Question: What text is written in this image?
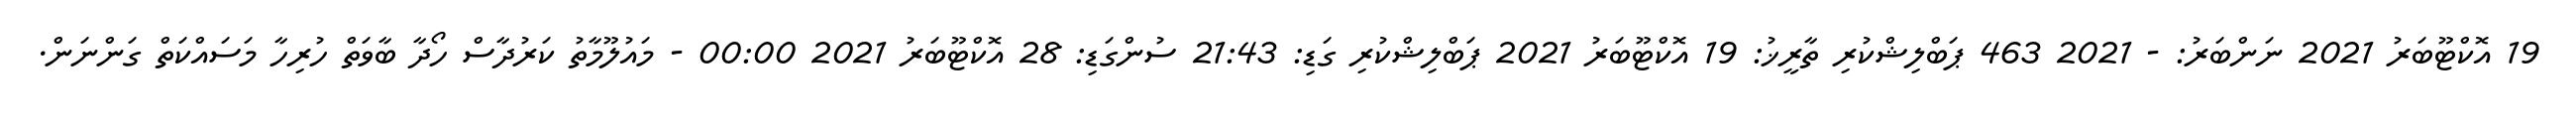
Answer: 19 އޮކްޓޫބަރު 2021 ނަންބަރު: - 2021 463 ޕަބްލިޝްކުރި ތާރީޚު: 19 އޮކްޓޫބަރު 2021 ޕަބްލިޝްކުރި ގަޑި: 21:43 ސުންގަޑި: 28 އޮކްޓޫބަރު 2021 00:00 - މައުލޫމާތު ކަރުދާސް ހޯދާ ބާވަތް ހުރިހާ މަސައްކަތް ގަންނަން.